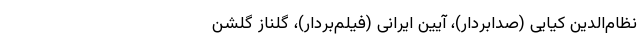
نظام‌الدین کیایی (صدابردار)، آیین ایرانی (فیلم‌بردار)، گلناز گلشن